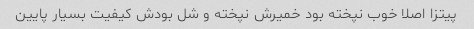
پیتزا اصلا خوب نپخته بود خمیرش نپخته و شل بودش کیفیت بسیار پایین